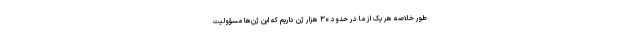
طور خلاصه هر یک از ما در حدود ۳۰ هزار ژن داریم که این ژن‌ها مسؤولیت